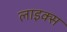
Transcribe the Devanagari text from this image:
लाइक्‍स